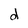
Character: d